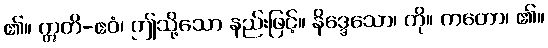
၏။ ဣတိ-ဧဝံ၊ ဤသို့သော နည်းဖြင့်။ နိဒ္ဒေသော၊ ကို။ ကတော၊ ၏။